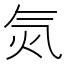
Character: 𣱛